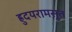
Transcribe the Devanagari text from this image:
ह्रुदयरामसुत